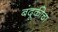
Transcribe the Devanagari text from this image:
बंदूकीचा